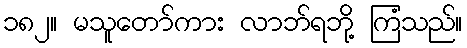
၁၈၂။ မသူတော်ကား လာဘ်ရဘို့ ကြံသည်။